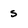
Character: s